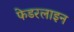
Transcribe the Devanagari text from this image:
फेडरलाइन